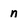
Character: n